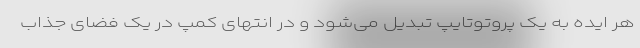
هر ایده به یک پروتوتایپ تبدیل می‌شود و در انتهای کمپ در یک فضای جذاب